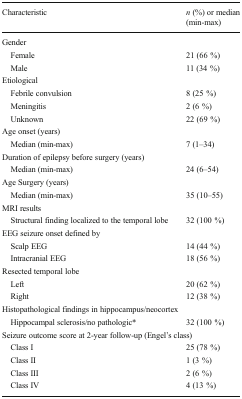
| Characteristic | n (%) or median (min-max) |
 | --- | --- |
 | <COLSPAN=2> Gender |
 | Female | 21 (66 %) |
 | Male | 11 (34 %) |
 | <COLSPAN=2> Etiological |
 | Febrile convulsion | 8 (25 %) |
 | Meningitis | 2 (6 %) |
 | Unknown | 22 (69 %) |
 | <COLSPAN=2> Age onset (years) |
 | Median (min-max) | 7 (1–34) |
 | <COLSPAN=2> Duration of epilepsy before surgery (years) |
 | Median (min-max) | 24 (6–54) |
 | <COLSPAN=2> Age Surgery (years) |
 | Median (min-max) | 35 (10–55) |
 | <COLSPAN=2> MRI results |
 | Structural finding localized to the temporal lobe | 32 (100 %) |
 | <COLSPAN=2> EEG seizure onset defined by |
 | Scalp EEG | 14 (44 %) |
 | Intracranial EEG | 18 (56 %) |
 | <COLSPAN=2> Resected temporal lobe |
 | Left | 20 (62 %) |
 | Right | 12 (38 %) |
 | <COLSPAN=2> Histopathological findings in hippocampus/neocortex |
 | Hippocampal sclerosis/no pathologic* | 32 (100 %) |
 | <COLSPAN=2> Seizure outcome score at 2-year follow-up (Engel’s class) |
 | Class I | 25 (78 %) |
 | Class II | 1 (3 %) |
 | Class III | 2 (6 %) |
 | Class IV | 4 (13 %) |